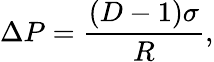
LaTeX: \Delta P=\frac{(D-1)\sigma}{R},